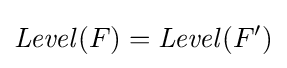
{\mathit {Level}}(F)={\mathit {Level}}(F')